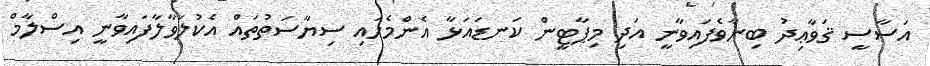
އަސާސީ ޤަވާޢިދު ބިނާވެފައިވާނީ އަދި މިޕާޓީން ކަނޑައަޅާ އެންމެހައި ސިޔާސަތުތައް އެކުލަވާލާފައިވާނީ އިސްލާމް